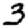
Digit: 3